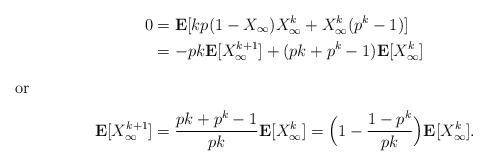
LaTeX: \begin{align*} 0 & = \mathbf E[kp (1-X_\infty)X^k_\infty + X^k_\infty(p^k -1)] \\ & = -pk \mathbf E[X_\infty^{k+1}] + (pk + p^k -1)\mathbf E[X^k_\infty] \intertext{or} \mathbf E[X_\infty^{k+1}] & = \frac{pk + p^k-1}{pk} \mathbf E[X_\infty^k] = \Big(1 - \frac{1-p^k}{pk}\Big) \mathbf E[X_\infty^k]. \end{align*}